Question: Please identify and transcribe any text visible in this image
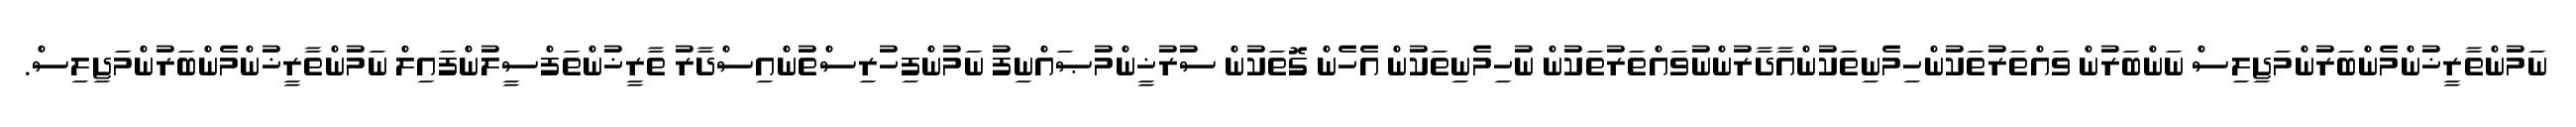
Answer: ނަމުންތާރީޚުންމެންބަރުންމަޖިލިސް ނަންބަރުން ވައްތަރުތަކުންހިމެނިތަކުންއާދާރުންނުވައްތަރުތަކުން ނުހިމެނިތަކުން އެހެން ގޮތަކުން ސުރުޚީންމުޞައްނިފު ނަމުންފިހުރިސްތުންއިސްދާރު ތާރީޚުންތަފްސީލުންފައިލް ނަމުންތާރީޚުންމެންބަރުންމަޖިލިސް.